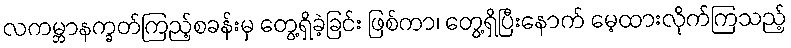
လကမ္ဘာနက္ခတ်ကြည့်စခန်းမှ တွေ့ရှိခဲ့ခြင်း ဖြစ်ကာ၊ တွေ့ရှိပြီးနောက် မေ့ထားလိုက်ကြသည့်